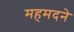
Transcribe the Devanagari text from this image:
महमदने